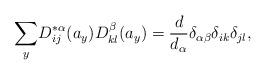
LaTeX: \begin{align*}\underset{y}{\sum }D_{ij}^{\ast \alpha }(a_{y})D_{kl}^{\beta }(a_{y})=\frac{d}{d_{\alpha }}\delta _{\alpha \beta }\delta _{ik}\delta _{jl},\end{align*}